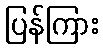
ပြန်ကြား